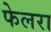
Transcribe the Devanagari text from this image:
फेलरा